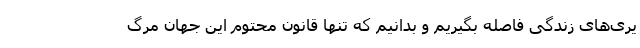
یری‌های زندگی فاصله بگیریم و بدانیم که تنها قانون محتوم این جهان مرگ